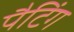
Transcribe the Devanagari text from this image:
पैटिंग